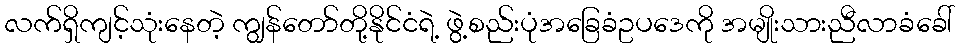
လက်ရှိကျင့်သုံးနေတဲ့ ကျွန်တော်တို့နိုင်ငံရဲ့ ဖွဲ့စည်းပုံအခြေခံဥပဒေကို အမျိုးသားညီလာခံခေါ်